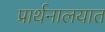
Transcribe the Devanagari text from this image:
प्रार्थनालयात